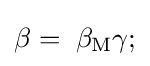
\beta =\;\beta _{\mathrm {M} }\gamma ;